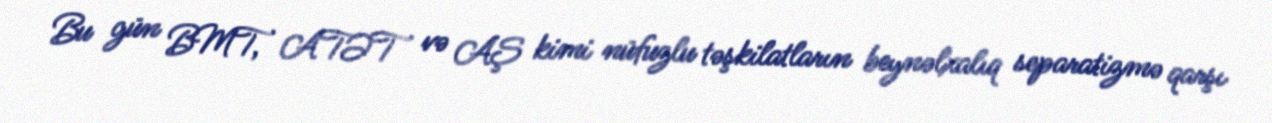
Bu gün BMT, ATƏT və AŞ kimi nüfuzlu təşkilatların beynəlxalıq separatizmə qarşı